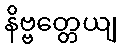
နိဗ္ဗတ္တေယျ